Report of the Indian Hemp Drugs Commission, 1894-1895 - Volume VII
Year: 1894
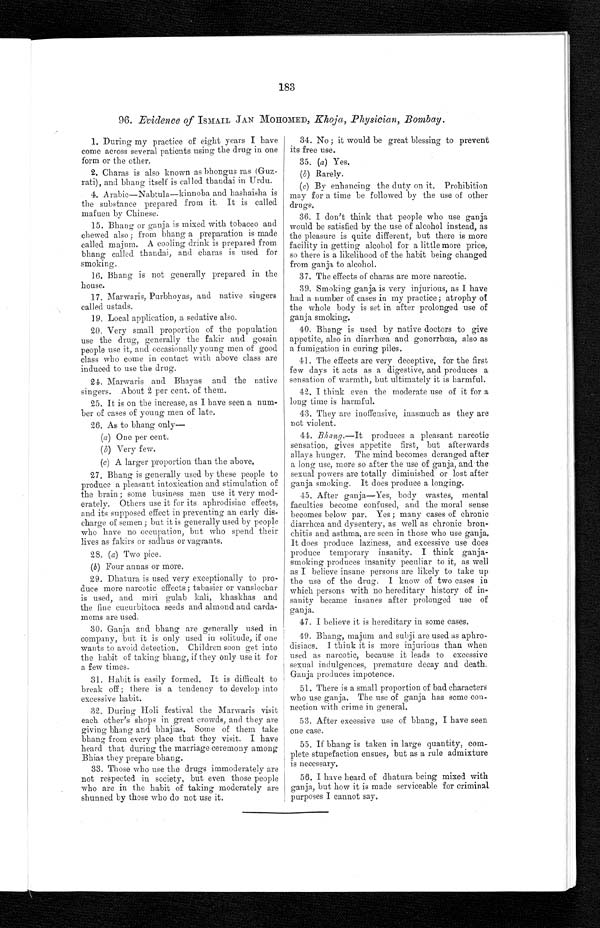
a183
96. Evidence of ISMAIL JAN MOHOMED, Khoja, Physician, Bombay.
1. During my practice of eight years I have
come across several patients using the drug in one
form or the other.
2. Charas is also known as bhongus ras (Guz-
rati), and bhang itself is called thandai in Urdu.
4. Arabic—Nabtula—kinnoba and hashaisha is
the substance prepared from it. It is called
mafuen by Chinese.
15. Bhang or ganja is mixed with tobacco and
chewed also ; from bhang a preparation is made
called majum. A cooling drink is prepared from
bhang called thandai, and charas is used for
smoking.
16. Bhang is not generally prepared in the
house.
17. Marwaris, Purbhoyas, and native singers
called ustads.
19. Local application, a sedative also.
20. Very small proportion of the population
use the drug, generally the fakir and gosain
people use it, and occasionally young men of good
class who come in contact with above class are
induced to use the drug.
24. Marwaris and Bhayas and the native
singers. About 2 per cent. of them.
25. It is on the increase, as I have seen a num-
ber of cases of young men of late.
26. As to bhang only
—
(a) One per cent.
(b) Very few.
(c) A larger proportion than the above.
27.
Bhang is generally used by these people to
produce a pleasant intoxication and stimulation of
the brain ; some business men use it very mod-
erately. Others use it for its aphrodisiac effects,
and its supposed effect in preventing an early dis-
charge of semen ; but it is generally used by people
who have no occupation, but who spend their
lives as fakirs or sadhus or vagrants.
28. ( a) Two pice.
(b) Four annas or more.
29. Dhatura is used very exceptionally to pro-
duce more narcotic effects ; tabasier or vanslochar
is used, and miri gulab kali, khaskhas and
the fine cucurbitoca seeds and almond and carda-
moms are used.
30. Ganja and bhang are generally used in
company, but it is only used in solitude, if one
wants to avoid detection. Children soon get into
the habit of taking bhang, if they only use it for
a few times.
31. Habit is easily formed. It is difficult to
break off ; there is a tendency to develop into
excessive habit.
32. During Holi festival the Marwaris visit
each other's shops in great crowds, and they are
giving bhang and bhajias. Some of them take
bhang from every place that they visit. I have
heard that during the marriage ceremony among
Bhias they prepare bhang.
33. Those who use the drugs immoderately are
not respected in society, but even those people
who are in the habit of taking moderately are
shunned by those who do not use it.
34. No ; it would be great blessing to prevent
its free use.
35. (a) Yes.
(b) Rarely.
(c) By enhancing the duty on it. Prohibition
may for a time be followed by the use of other
drugs.
36. I don't think that people who use ganja
would be satisfied by the use of alcohol instead, as
the pleasure is quite different, but there is more
facility in getting alcohol for a little more price,
so there is a likelihood of the habit being changed
from ganja to alcohol.
37. The effects of charas are more narcotic.
39. Smoking ganja is very injurious, as I have
had a number of cases in my practice; atrophy of
the whole body is set in after prolonged use of
ganja smoking.
40. Bhang is used by native doctors to give
appetite, also in diarrhœa and gonorrhœa, also as
a fumigation in curing piles.
41. The effects are very deceptive, for the first
few days it acts as a digestive, and produces a
sensation of warmth, but ultimately it is harmful.
42. I think even the moderate use of it for a
long time is harmful.
43. They are inoffensive, inasmuch as they are
not violent.
44. Bhang .—It produces a pleasant narcotic
sensation, gives appetite first, but afterwards
allays hunger. The mind becomes deranged after
a long use, more so after the use of ganja, and the
sexual powers are totally diminished or lost after
ganja smoking. It does produce a longing.
45. After ganja—Yes, body wastes, mental
faculties become confused, and the moral sense
becomes below par. Yes ; many cases of chronic
diarrhœa and dysentery, as well as chronic bron-
chitis and asthma, are seen in those who use ganja.
It does produce laziness, and excessive use does
produce temporary insanity. I think ganja-
smoking produces insanity peculiar to it, as well
as I believe insane persons are likely to take up
the use of the drug. I know of two cases in
which persons with no hereditary history of in-
sanity became insanes after prolonged use of
ganja.
47. I believe it is hereditary in some cases.
49. Bhang, majum and subji are used as aphro-
disiacs. I think it is more injurious than when
used as narcotic, because it leads to excessive
sexual indulgences, premature decay and death.
Ganja produces impotence.
51. There is a small proportion of bad characters
who use ganja. The use of ganja has some con-
nection with crime in general.
53. After excessive use of bhang, I have seen
one case.
55. If bhang is taken in large quantity, com-
plete stupefaction ensues, but as a rule admixture
is necessary.
56. I have heard of dhatura being mixed with
ganja, but how it is made serviceable for criminal
purposes I cannot say.